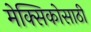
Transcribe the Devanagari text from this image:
मेक्सिकोसाठी